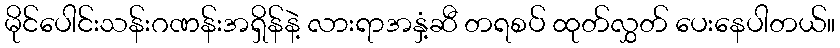
မိုင်ပေါင်းသန်းဂဏန်းအရှိန်နဲ့ လားရာအနှံ့ဆီ တရစပ် ထုတ်လွှတ် ပေးနေပါတယ်။